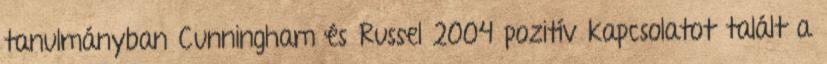
tanulmányban Cunningham és Russel 2004 pozitív kapcsolatot talált a